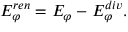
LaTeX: E _ { \varphi } ^ { r e n } = E _ { \varphi } - E _ { \varphi } ^ { d i v } .